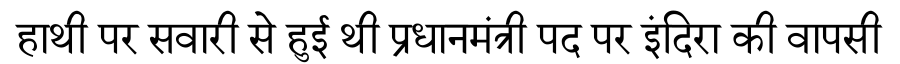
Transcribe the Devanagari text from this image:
हाथी पर सवारी से हुई थी प्रधानमंत्री पद पर इंदिरा की वापसी